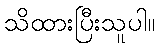
သိထားပြီးသူပါ။